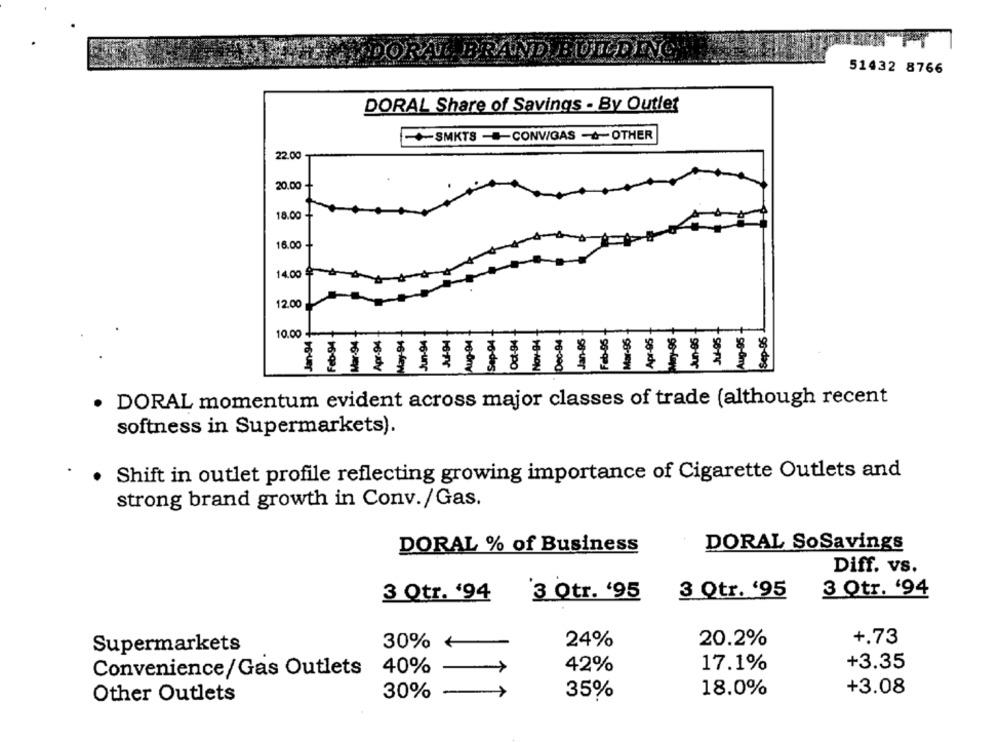
V BRAND BUILDING
51432 8766
DORAL Share of Savings - By Outlet
-SMKTS -CONV/GAS &OTHER
22.00
20.00
18.00
16.00
14.00
12.00
10.00
Feb-94
Apr-94.
May-94
Feb-05
Apr-05
Sep-05
re-de
16-Po
16-090
16-un
YO-MON
so-ny
· DORAL momentum evident across major classes of trade (although recent
softness in Supermarkets).
Shift in outlet profile reflecting growing importance of Cigarette Outlets and
strong brand growth in Conv./Gas.
DORAL % of Business
DORAL SoSavings
Diff. vs.
3 Qtr. '95
3 Otr. '94
3 Qtr. '94
`3 Otr. '95
+.73
30% +
24%
20.2%
Supermarkets
42%
17.1%
+3.35
Convenience/Gas Outlets
40%
+3.08
Other Outlets
30%
35%
18.0%